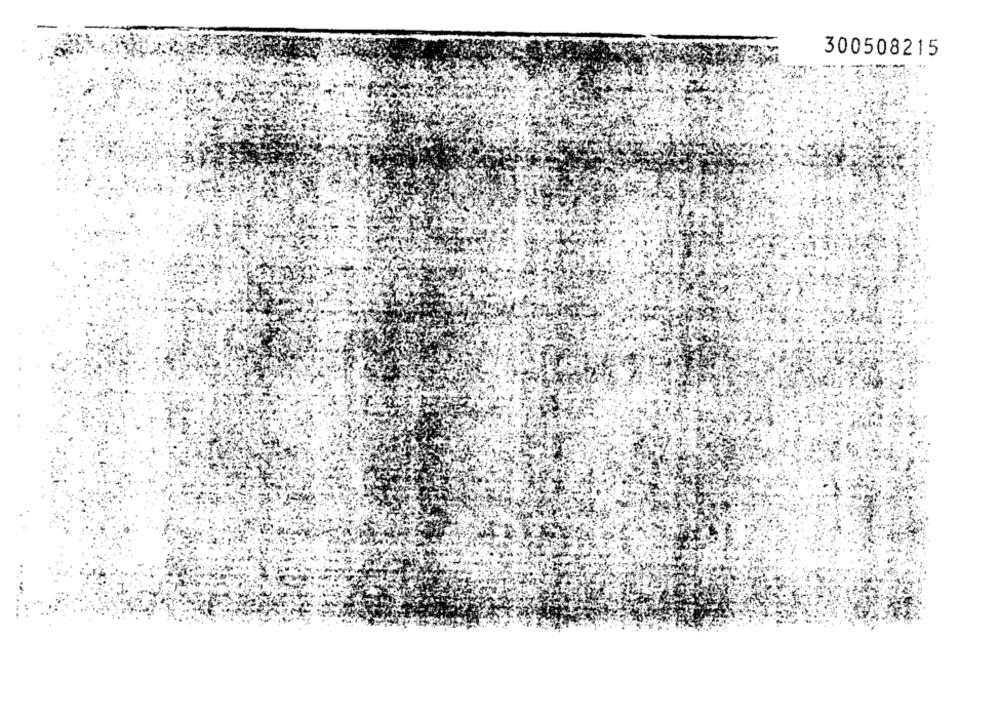
300508215